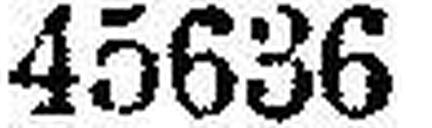
45636